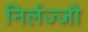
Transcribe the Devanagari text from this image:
निर्लज्जौ